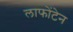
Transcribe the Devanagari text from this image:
लाफोंटेन